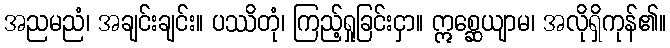
အညမညံ၊ အချင်းချင်း။ ပဿိတုံ၊ ကြည့်ရှုခြင်းငှာ။ ဣစ္ဆေယျာမ၊ အလိုရှိကုန်၏။